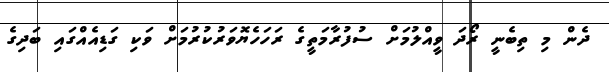
ދެން މި ތިބެނީ ރޯދަ ވީއްލުމަށް ސުފުރާމަތީގެ ރަހަހެޔޮވަރުކުރުމަށް ވަކި ގަޑިއެއްގައި ބަދިގެ